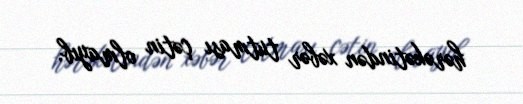
hərəkətindən xəbər tutması çətin olmayıb.